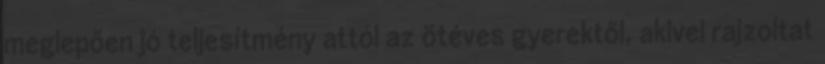
meglepően jó teljesítmény attól az ötéves gyerektől, akivel rajzoltat